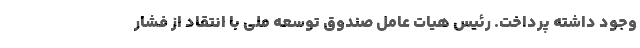
وجود داشته پرداخت. رئیس هیات عامل صندوق توسعه ملی با انتقاد از فشار